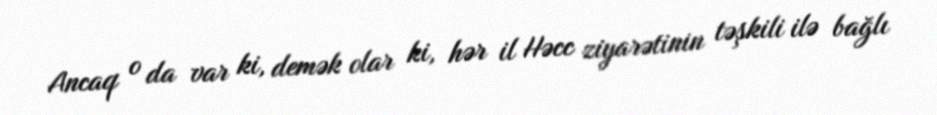
Ancaq o da var ki, demək olar ki, hər il Həcc ziyarətinin təşkili ilə bağlı